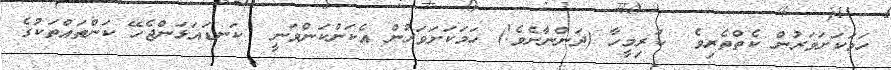
ހަމަކަށަވަރުން ކެތްތެރިވެ  ކުރިމީހާ (ދަންނާށެވެ!) ހަމަކަށަވަރުން އެކަންކަންވަނީ  ކަނޑައަޅަންޖެހޭ ކަންތައްތަކުގެ